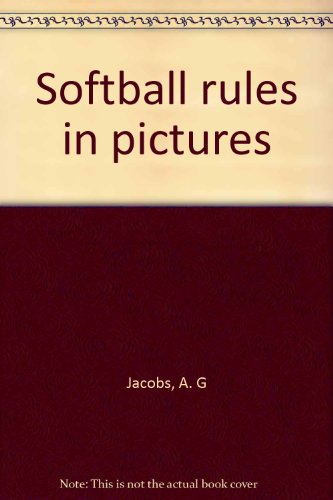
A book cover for Softball rules in pictures; A. G Jacobs; Sports & Outdoors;